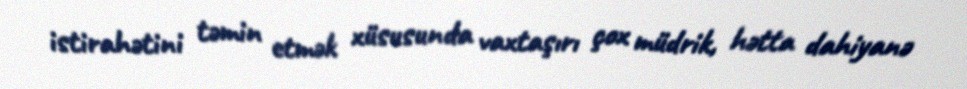
istirahətini təmin etmək xüsusunda vaxtaşırı çox müdrik, hətta dahiyanə